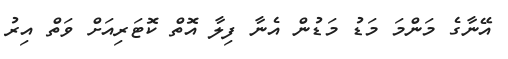
އޭނާގެ މަންމަ މަޑު މަޑުން އެނާ ފިލާ އޮތް ކޮޓަރިއަށް ވަތް އިރު